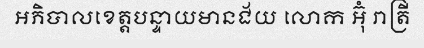
អភិបាលខេត្តបន្ទាយមានជ័យ លោក អ៊ុំ រាត្រី